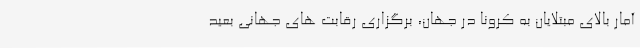
آمار بالای مبتلایان به کرونا در جهان، برگزاری رقابت های جهانی بعید